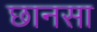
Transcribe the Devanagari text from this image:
छानसा